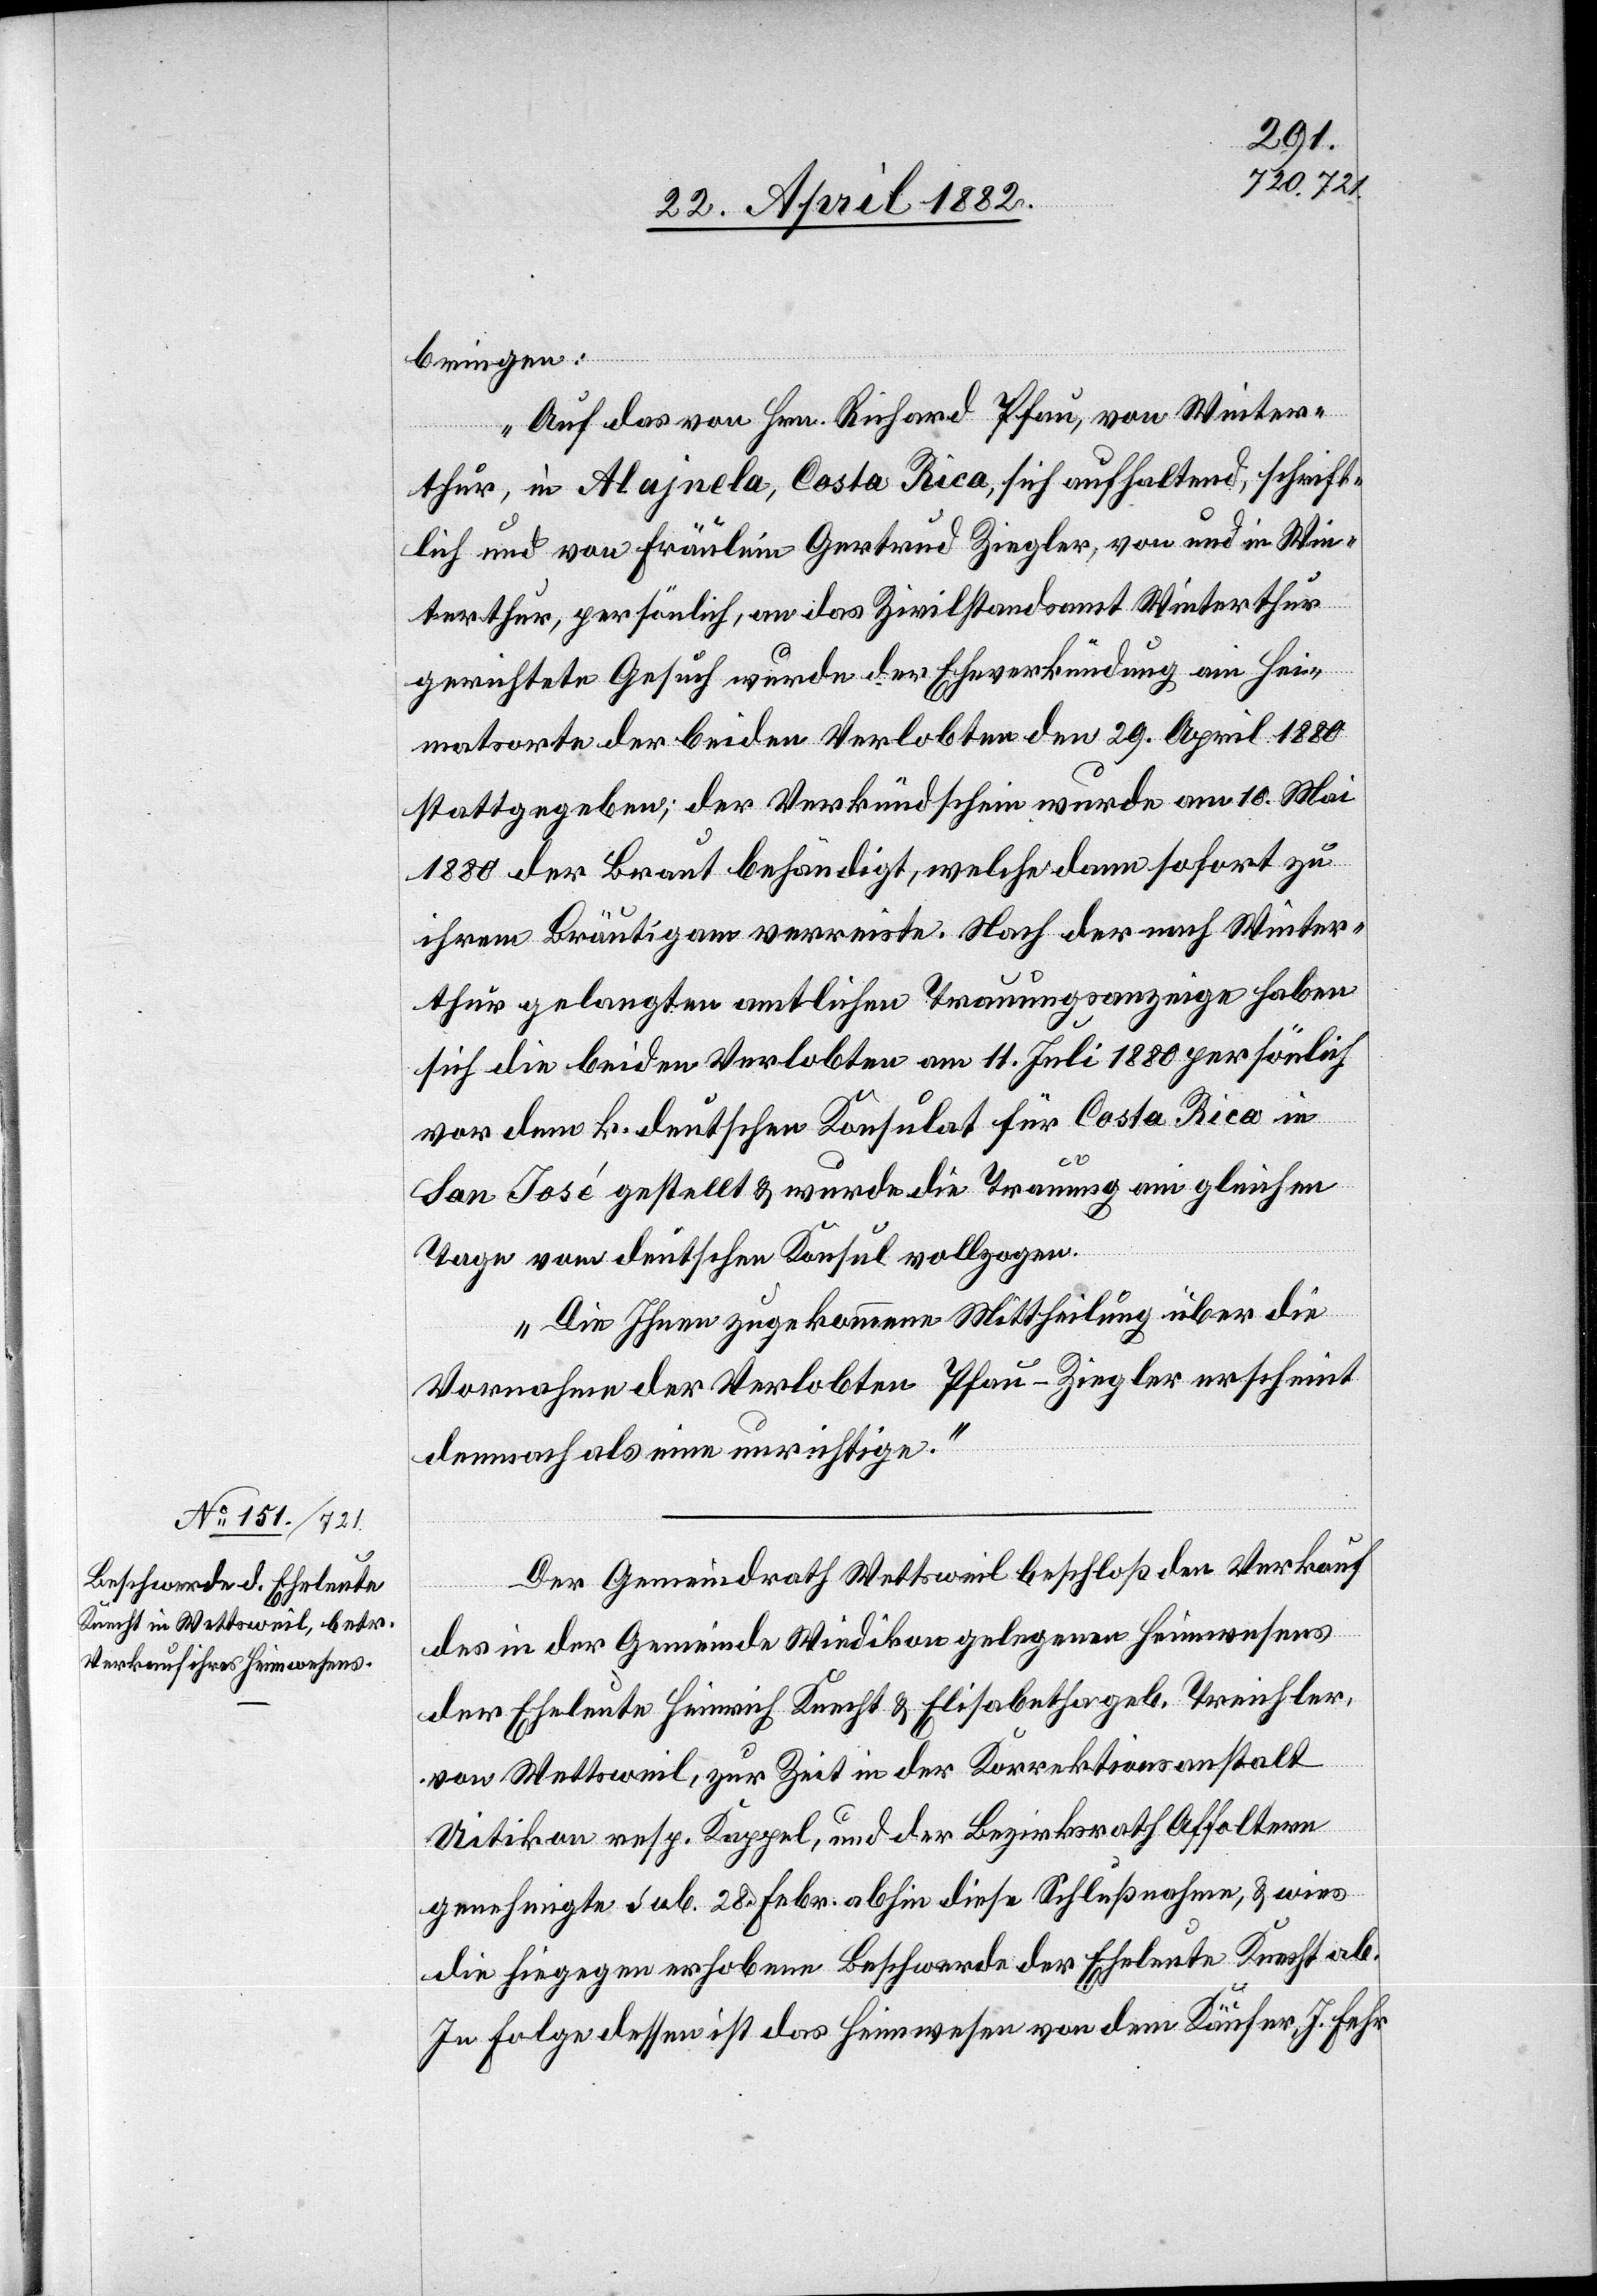
bringen:
Auf das von Hrn. Richard Pfau, von Winter¬
thur, In Alajnela, Costa Rica, sich aufhaltend, schrift¬
lich und von Fräulein Gertrud Ziegler, von und in Win¬
terthur, persönlich, an das Zivilstandsamt Winterthur
gerichtete Gesuch wurde der Eheverkündung am He¬
imatsorte der beiden Verlobten den 29. April 1880
stattgegeben; der Verkündschein wurde am 10. Mai
1880 der Braut behändigt, welche dann sofort zu
ihrem Bräutigam verreiste. Nach der nach Winter¬
thur gelangten amtlichen Trauungsanzeige haben
sich die beiden Verlobten am 11. Juli 1880 persönlich
vor dem k. deutschen Konsulat für Costa Rica in
San José gestellt & wurde die Trauung am gleichen
Tage vom deutschen Konsul vollzogen.
Die Ihnen zugekommene Mittheilung über die
Vornahme der Verlobten [sic!] Pfau-Ziegler erscheint
demnach als eine unrichtige.“
Der Gemeindrath Wettsweil beschloß den Verkauf
des in der Gemeinde Wiedikon gelegenen Heimwesens
der Eheleute Heinrich Knecht & Elisabetha geb. Treichler,
von Wettsweil, zur Zeit in der Korrektionsanstalt
Uitikon resp. Kappel, und der Bezirksrath Affoltern
genehmigte sub. 28. Febr. abhin diese Schlußnahme, & wies
die hiegegen erhobene Beschwerde der Eheleute Knecht ab.
In Folge dessen ist das Heimwesen von dem Käufer, J. Fehr